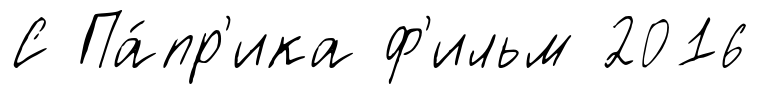
С Па́пр'ика ф'ильм 2016